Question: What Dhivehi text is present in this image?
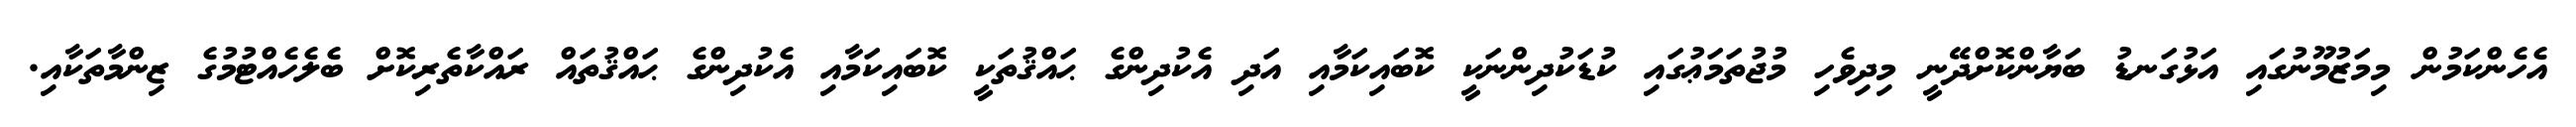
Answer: އެހެންކަމުން މިމަޒުމޫނުގައި އަޅުގަނޑު ބަޔާންކޮށްދޭނީ މިދިވެހި މުޖުތަމަޢުގައި ކުޑަކުދިންނަކީ ކޮބައިކަމާއި އަދި އެކުދިންގެ ޙައްޤުތަކީ ކޮބައިކަމާއި އެކުދިންގެ ޙައްޤުތައް ރައްކާތެރިކޮށް ބެލެހެއްޓުމުގެ ޒިންމާތަކާއި.